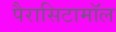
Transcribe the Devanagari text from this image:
पैरासिटामॉल